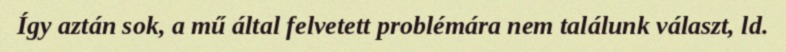
Így aztán sok, a mű által felvetett problémára nem találunk választ, ld.